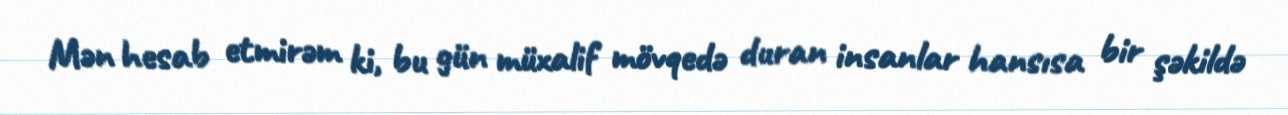
Mən hesab etmirəm ki, bu gün müxalif mövqedə duran insanlar hansısa bir şəkildə